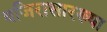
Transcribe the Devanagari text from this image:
वजिरासारख्या